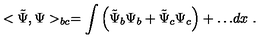
< \tilde { \Psi } , \Psi > _ { b c } = \int { \left( \tilde { \Psi } _ { b } \Psi _ { b } + \tilde { \Psi } _ { c } \Psi _ { c } \right) + \dots } d x \ .